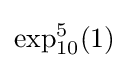
\exp _{10}^{5}(1)